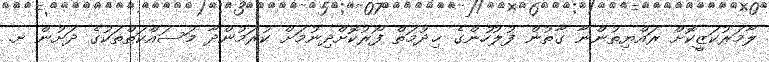
ލާމަރުކަޒީކޮށް ރައްޔިތުންނާ ގާތުން ފުލުހުންގެ ޚިދުމަތް ފޯރުކޮށްދިނުމަށް ކުރަމުންދާ މަސައްކަތްތަކުގެ ދަށުން ށ.